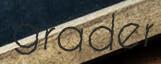
grader